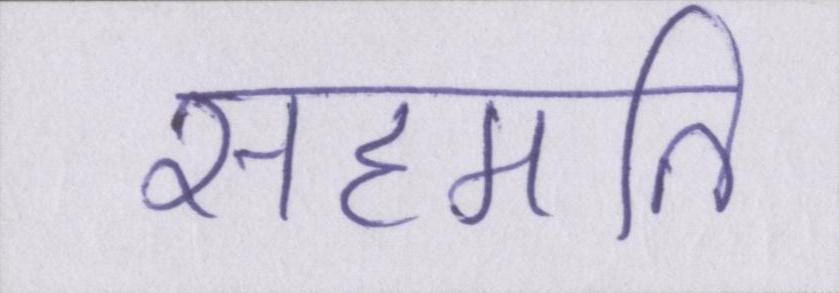
सहमति